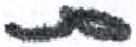
אות: ת